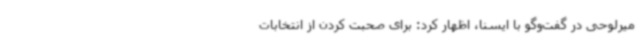
میرلوحی در گفت‌وگو با ایسنا، اظهار کرد: برای صحبت کردن از انتخابات